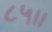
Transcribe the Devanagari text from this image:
८५।।